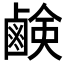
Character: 鹸